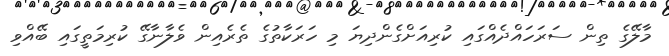
މާލޭގެ ތިން ސަރަހައްދެއްގައި ކުރިއަށްގެންދިޔަ މި ހަރަކާތުގެ ތެރެއިން ވެލާނާގޭ ކުރިމަތީގައި ބޭއްވި